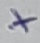
Text: +